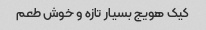
کیک هویج بسیار تازه و خوش طعم